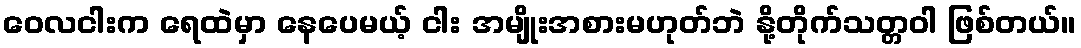
ဝေလငါးက ရေထဲမှာ နေပေမယ့် ငါး အမျိုးအစားမဟုတ်ဘဲ နို့တိုက်သတ္တဝါ ဖြစ်တယ်။